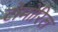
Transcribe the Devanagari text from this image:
टोमोरिल